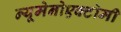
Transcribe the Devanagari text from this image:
न्यूमेनोएक्टोमी